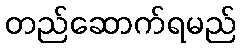
တည်ဆောက်ရမည်